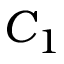
C _ { 1 }